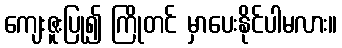
ကျေးဇူးပြု၍ ကြိုတင် မှာပေးနိုင်ပါမလား။